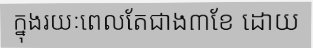
ក្នុងរយៈពេលតែជាង៣ខែ ដោយ